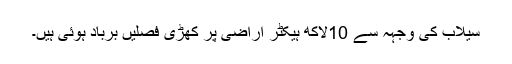
سیلاب کی وجہہ سے 10لاکھ ہیکٹر اراضی پر کھڑی فصلیں برباد ہوئی ہیں۔